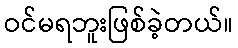
ဝင်မရဘူးဖြစ်ခဲ့တယ်။